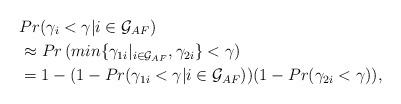
LaTeX: \begin{align*} &Pr(\gamma_{i}<\gamma|i \in \mathcal{G}_{AF})\\&\approx Pr\left(min\{\gamma_{1i}|_{i \in \mathcal{G}_{AF}},\gamma_{2i}\} < \gamma\right) \\&=1-(1-Pr(\gamma_{1i}<\gamma|i \in \mathcal{G}_{AF}))(1-Pr(\gamma_{2i}<\gamma) ), \end{align*}